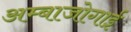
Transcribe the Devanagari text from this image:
अम्बाजोगाई